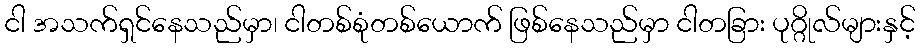
ငါ အသက်ရှင်နေသည်မှာ၊ ငါတစ်စုံတစ်ယောက် ဖြစ်နေသည်မှာ ငါတခြား ပုဂ္ဂိုလ်များနှင့်